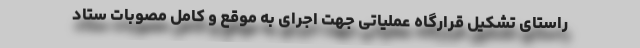
راستای تشکیل قرارگاه عملیاتی جهت اجرای به موقع و کامل مصوبات ستاد